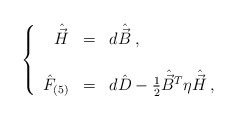
\begin{align*}\left\{\begin{array}{rcl}\hat{\vec{H}} & = & d\hat{\vec{B}} \; , \\& & \\\hat{F}_{(5)} & = & d\hat{D}-{\textstyle\frac{1}{2}} \hat{\vec{B}}{}^{T}\eta \hat{\vec{H}} \, , \\\end{array}\right.\end{align*}